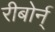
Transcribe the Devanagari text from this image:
रीबोर्न्